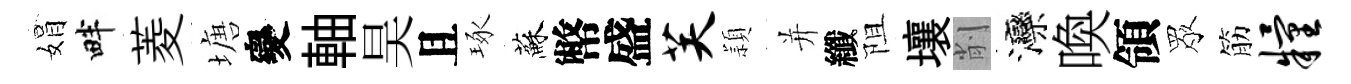
娟畔菱塘變軸昊且琢蘇幣盛芙頴并纖阻壤削灤喚領眾筋粮